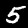
Digit: 5